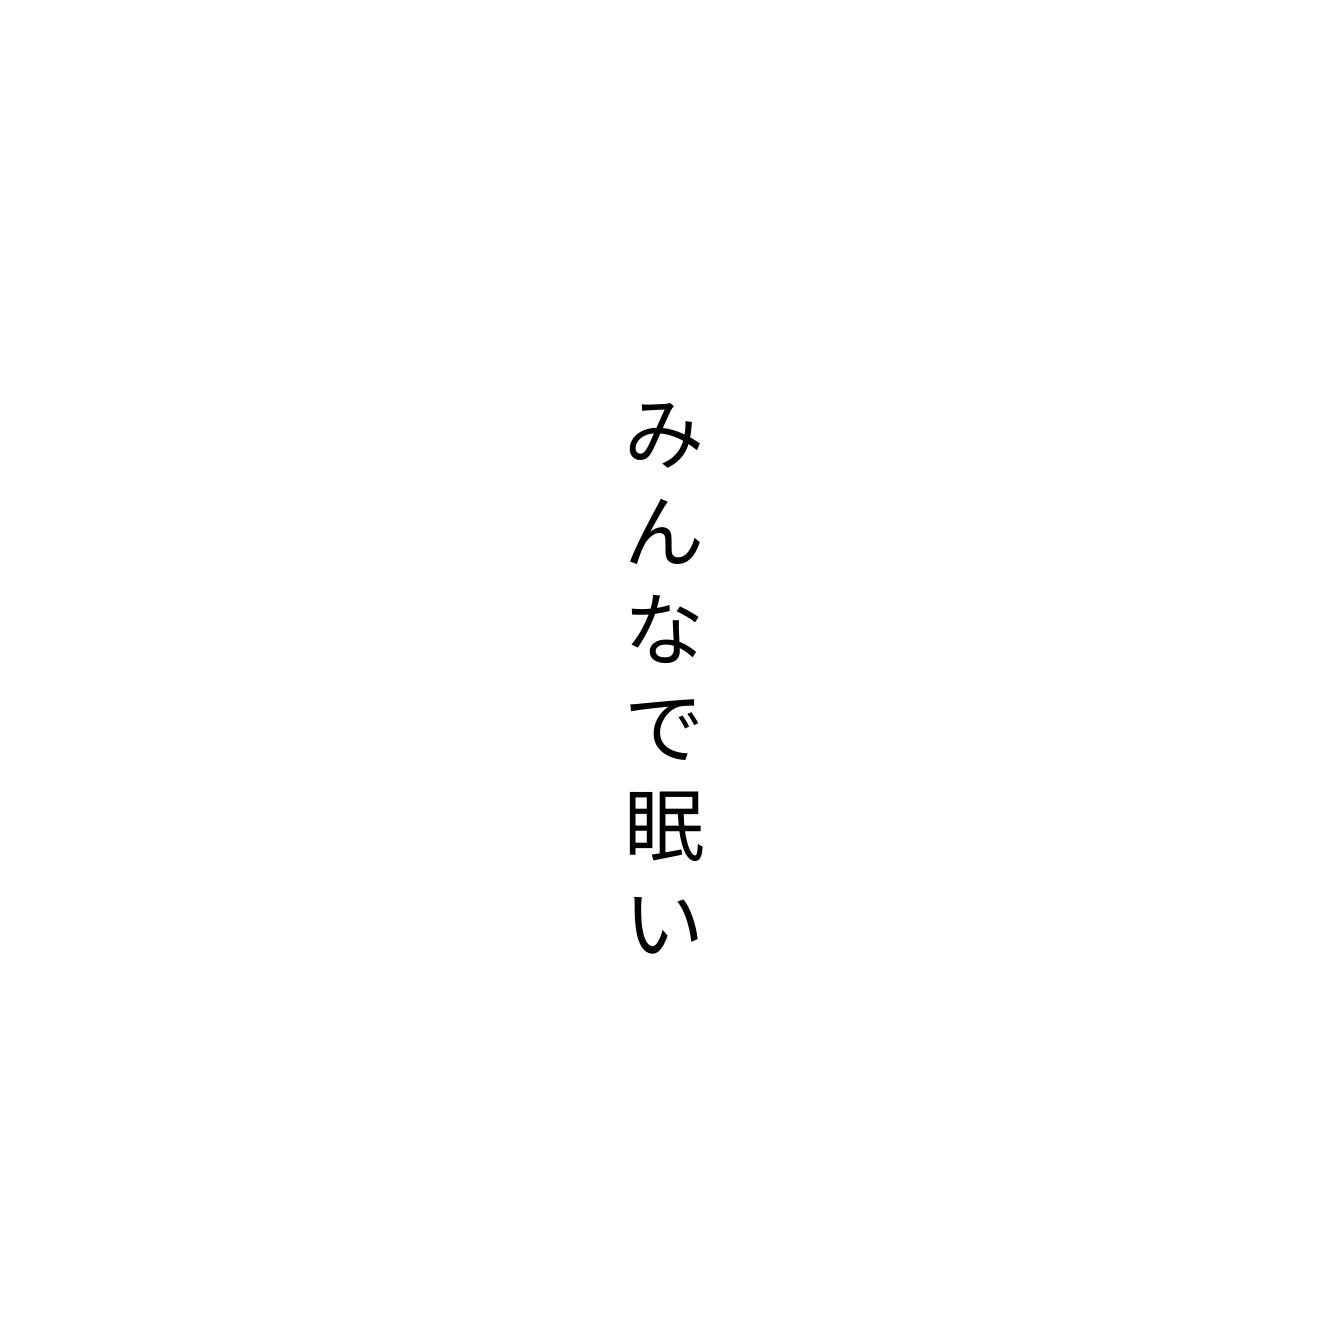
みんなで眠い